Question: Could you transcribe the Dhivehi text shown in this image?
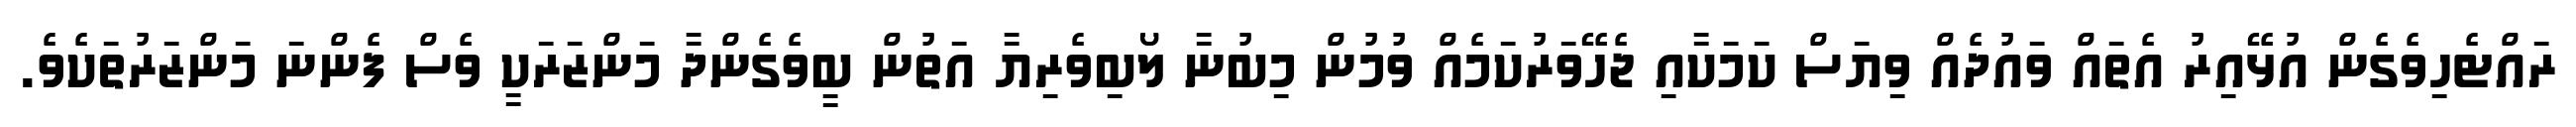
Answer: ރައްޓެހިވެގެން އުޅޭއިރު އެތައް ވައުދެއް ވިޔަސް ކަމަކާއި ޖެހޭވަރުކަމެއް ވުމުން މިބުނާ ލޯބިވެރިޔާ އަތުން ބީވެގެންދާ މަންޒަރަކީ ވެސް ފެންނަ މަންޒަރުތަކެވެ.